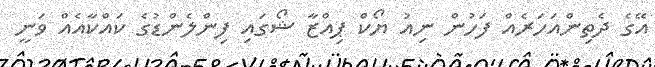
އޭގެ ދެތިންއަހަރެއް ފަހުން ނިއު ޔޯކް ޕިއްޒާ ޝޯގައި ފިންލެންޑުގެ ކައްކާއެއް ވަނީ